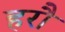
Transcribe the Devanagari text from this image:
हरौ